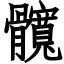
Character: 髖